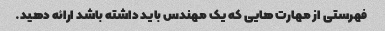
فهرستی از مهارت هایی که یک مهندس باید داشته باشد ارائه دهید.